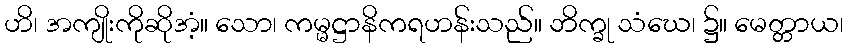
ဟိ၊ အကျိုးကိုဆိုအံ့။ သော၊ ကမ္မဋ္ဌာနိကရဟန်းသည်။ ဘိက္ခု သံဃေ၊ ၌။ မေတ္တာယ၊